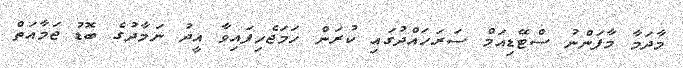
މާދަމާ މާފަންނު ސްޓޭޑިއަމް ސަރަހައްދުގައި ކުރަން ހަމަޖެހިފައިވާ އީދު ނަމާދުގެ ބޮޑު ޖަމާއަތް